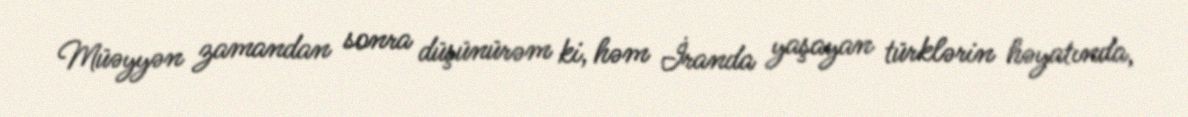
Müəyyən zamandan sonra düşünürəm ki, həm İranda yaşayan türklərin həyatında,